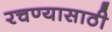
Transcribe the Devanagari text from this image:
रचण्यासाठी